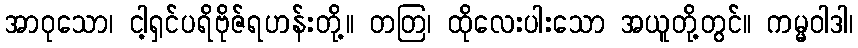
အာဝုသော၊ ငါ့ရှင်ပရိဗိုဇ်ရဟန်းတို့။ တတြ၊ ထိုလေးပါးသော အယူတို့တွင်။ ကမ္မဝါဒါ၊